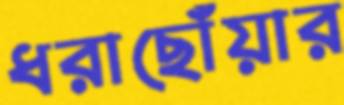
ধরাছোঁয়ার